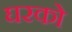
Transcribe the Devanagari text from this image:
घरको